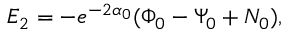
E _ { 2 } = - e ^ { - 2 \alpha _ { 0 } } ( \Phi _ { 0 } - \Psi _ { 0 } + N _ { 0 } ) ,